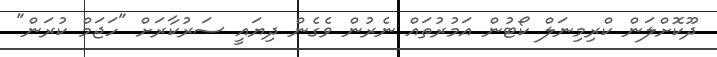
ދޫކޮށްލަން ކްރިމިނަލް ކޯޓުން އަމުރުތައް ނެރުން ވެގެން ދިޔައީ ސަރުކާރަށް "ހަޖަމް ކުރަން"